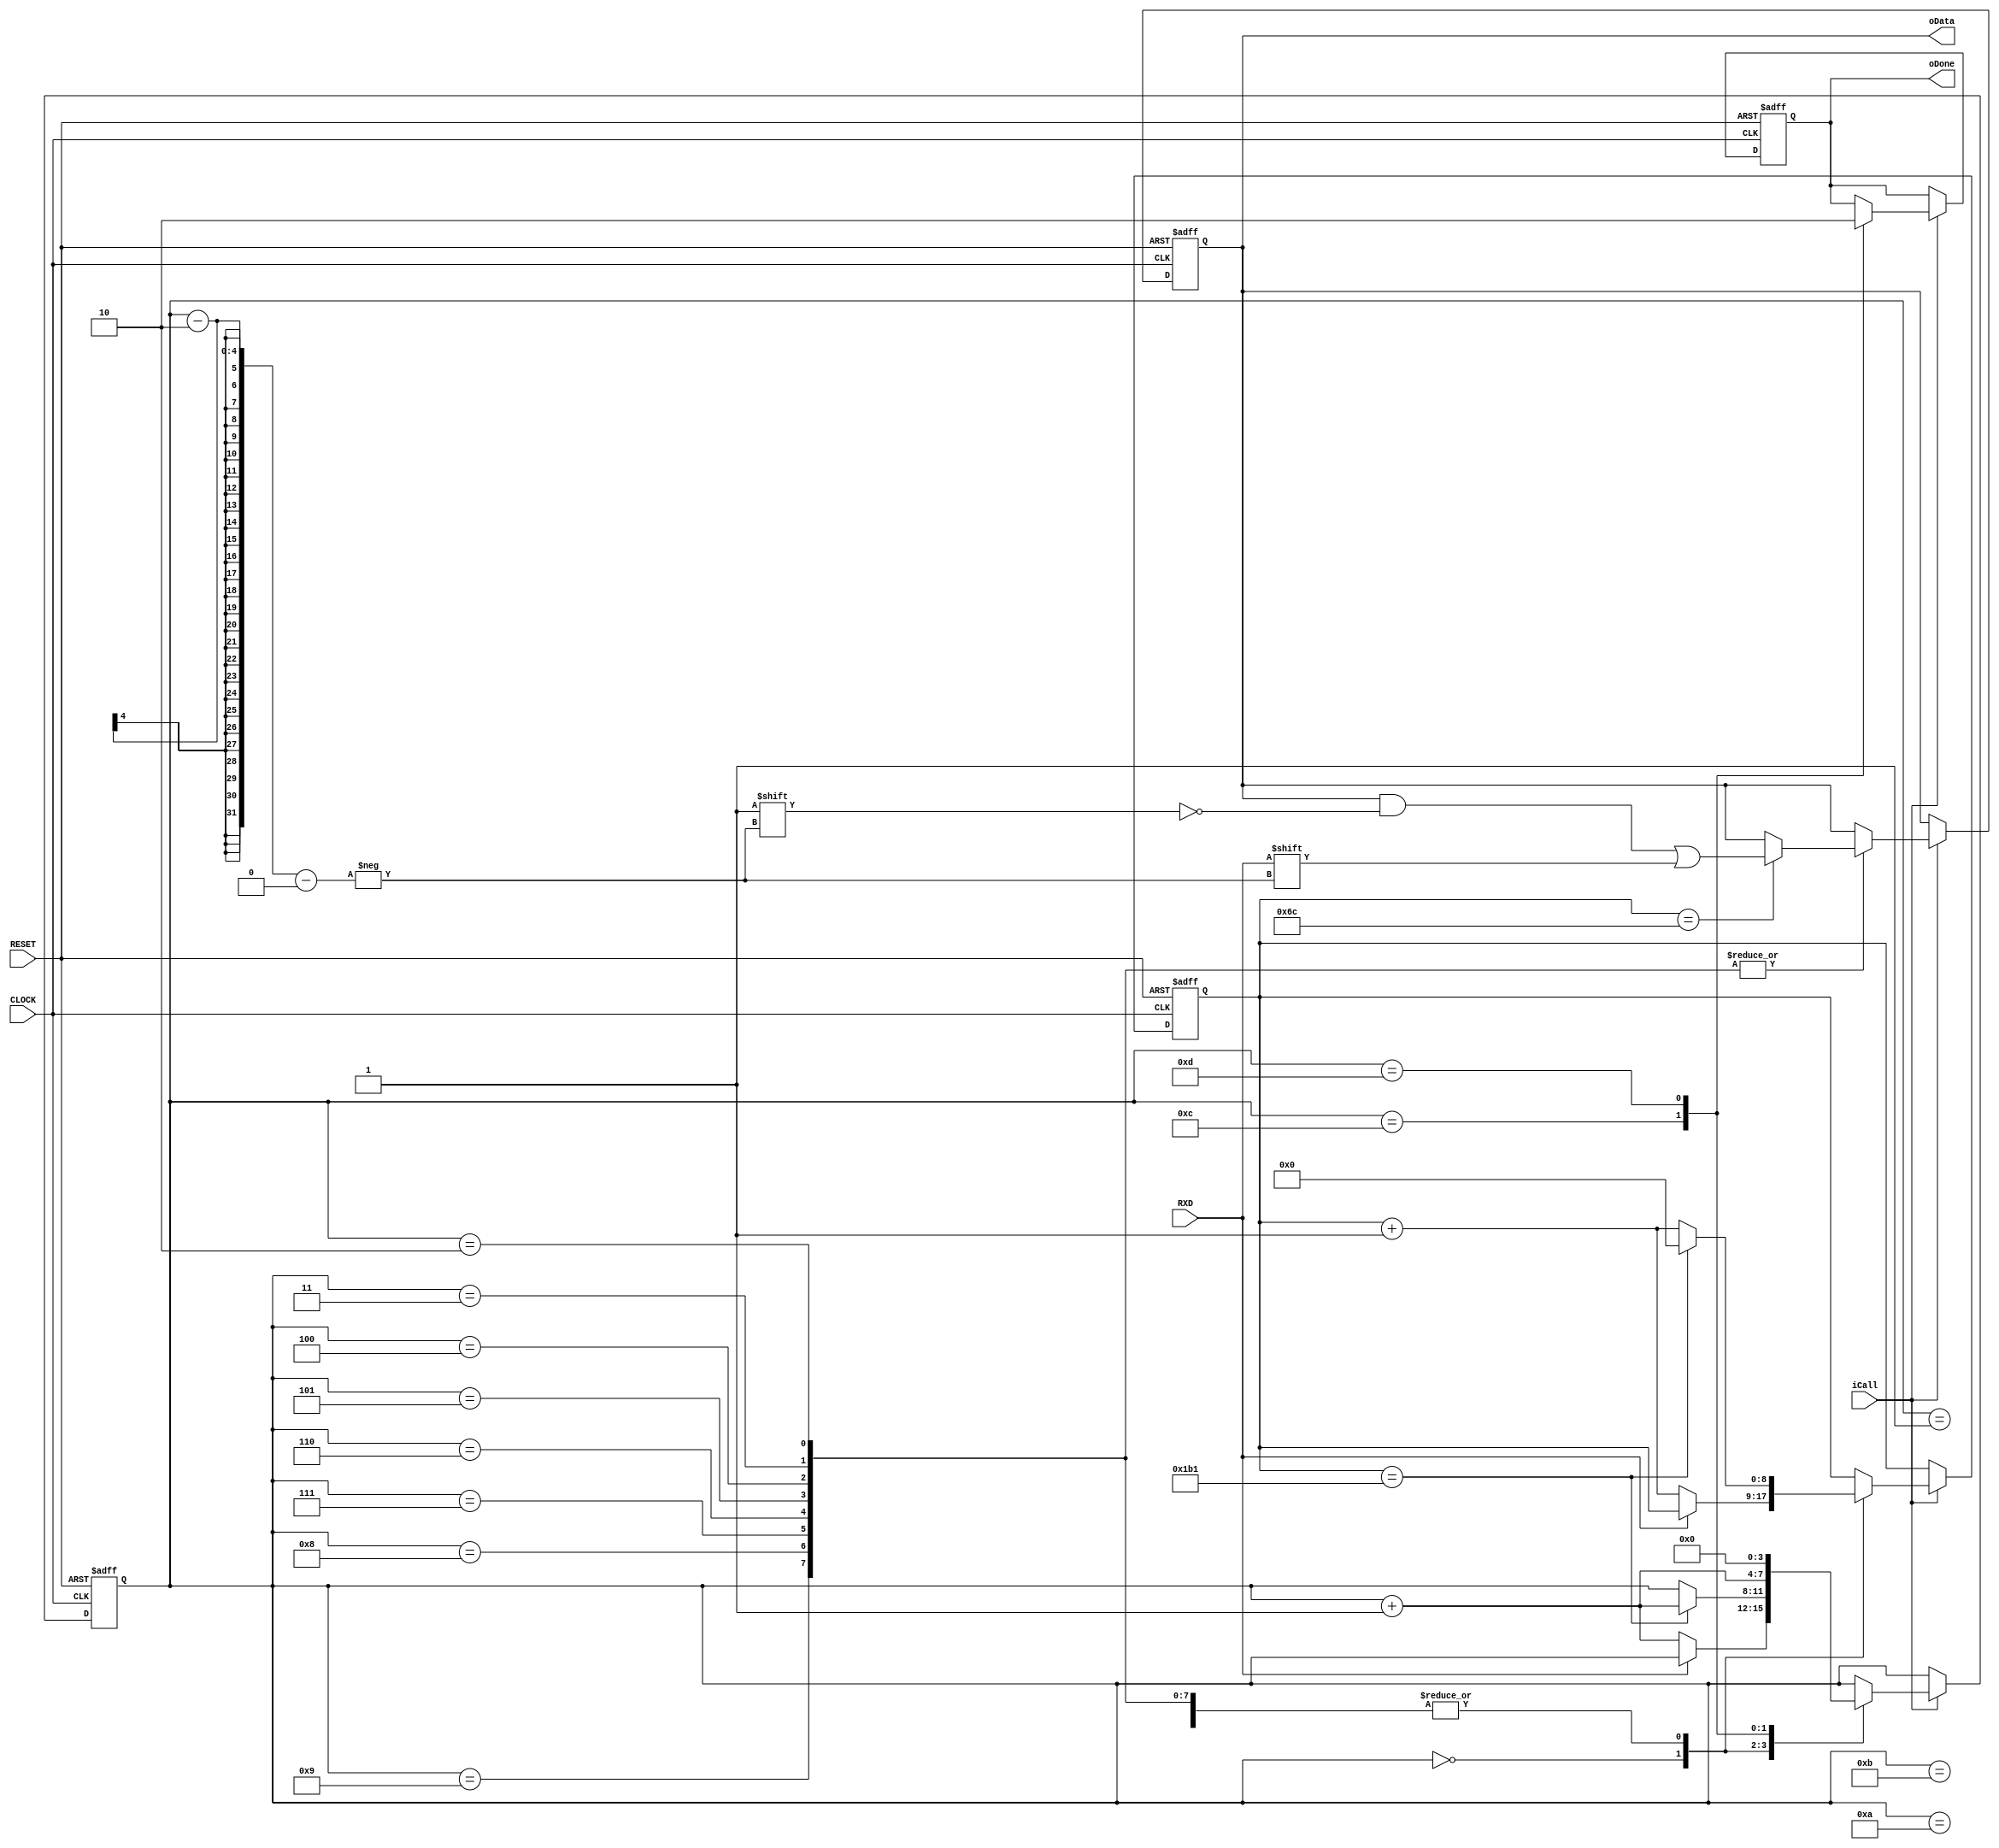
//****************************************************************************//
//# @Author: 
//# @Date:   2019-04-21 22:46:15
//# @Last Modified by:   zlk
//# @WeChat Official Account: OpenFPGA
//# @Last Modified time: 2019-08-04 03:21:38
//# Description: 
//# @Modification History: 2014-05-10 13:44:28
//# Date			    By			   Version			   Change Description: 
//# ========================================================================= #
//# 2014-05-10 13:44:28
//# ========================================================================= #
//# |                                          								| #
//# |                                OpenFPGA     							| #
//****************************************************************************//
module rx_funcmod
(
    input CLOCK, RESET, 
	 input RXD,
	 input iCall,
	 output oDone, 
	 output [7:0]oData
);
    parameter BPS115K2 = 9'd434, SAMPLE = 9'd108;
	  
    reg [3:0]i;
	 reg [8:0]C1;
	 reg [7:0]D1;
	 reg isDone;
	 
	 always @ ( posedge CLOCK or negedge RESET )
	     if( !RESET )
		      begin
				    i <= 4'd0;
					 C1 <= 9'd0;
					 D1 <= 8'd0;
					 isDone <= 1'b0;
				end
		  else if( iCall )
		      case( i )
					 
					 0: 
					 if( RXD == 1'b0 ) begin i <= i + 1'b1; C1 <= C1 + 4'd1; end 
					 
					 1: // start bit
					 if( C1 == BPS115K2 -1 ) begin C1 <= 8'd0; i <= i + 1'b1; end 
					 else C1 <= C1 + 1'b1;
					 
					 2,3,4,5,6,7,8,9: //stalk and count 1~8 data's bit , sample data at 1/2 for bps
					 begin
						if( C1 == SAMPLE ) D1[i-2] <= RXD;
					    if( C1 == BPS115K2 -1 ) begin C1 <= 8'd0; i <= i + 1'b1; end
				        else C1 <= C1 + 1'b1; 		  
					 end
					 
					 10,11: // parity bit & stop bit
					 if( C1 == BPS115K2 -1 ) begin C1 <= 8'd0; i <= i + 1'b1; end
					 else C1 <= C1 + 1'b1;
					 
					 12:
					 begin isDone <= 1'b1; i <= i + 1'b1; end
					 
					 13:
					 begin isDone <= 1'b0; i <= 4'd0; end
				
				endcase
				
	assign oDone = isDone;
	assign oData = D1;
	
endmodule